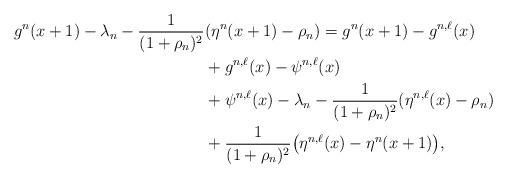
LaTeX: \begin{align*}g^n(x+1) - \lambda_n -\frac{1}{(1+\rho_n)^2} & (\eta^n(x+1)-\rho_n) = g^n(x+1)-g^{n,\ell}(x) \\& + g^{n,\ell}(x) - \psi^{n,\ell}(x) \\& + \psi^{n,\ell}(x)-\lambda_n-\frac{1}{(1+\rho_n)^2}(\eta^{n,\ell}(x)-\rho_n) \\& + \frac{1}{(1+\rho_n)^2}\big(\eta^{n,\ell}(x)-\eta^n(x+1)\big), \end{align*}